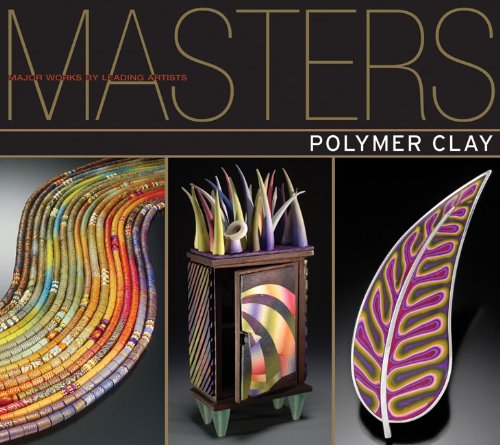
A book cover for Masters: Polymer Clay: Major Works by Leading Artists; Ray Hemachandra; Crafts, Hobbies & Home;